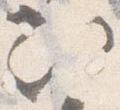
次